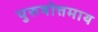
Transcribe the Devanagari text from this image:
पुरुषोत्तमाय